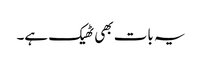
یہ بات بھی ٹھیک ہے۔